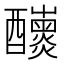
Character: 𨤁